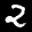
Label: 2